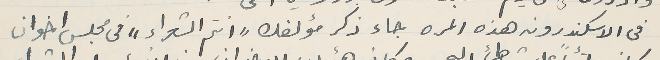
في الاسكندرونه هذه المره جاء ذكر مؤلفك "انتم الشعراء" فى مجلس اخوان